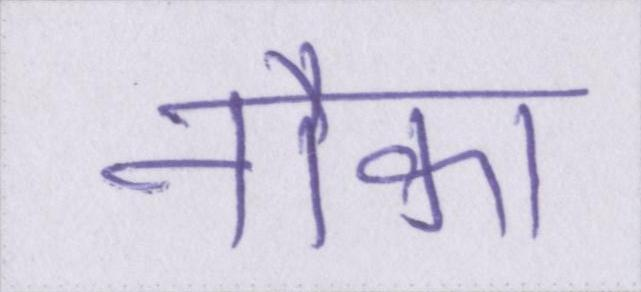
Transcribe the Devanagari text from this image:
नौका